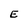
Character: E